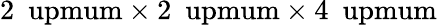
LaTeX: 2\ \mathrm{\ upmum}\times 2\ \mathrm{\ upmum}\times 4\ \mathrm{\ upmum}